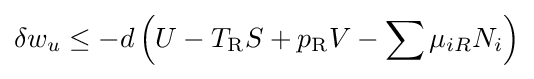
\delta w_{u}\leq -d\left(U-T_{\text{R}}S+p_{\text{R}}V-\sum \mu _{iR}N_{i}\right)